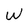
Character: W